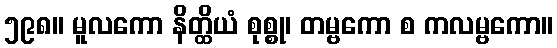
၅၉၈။ မူလကော နိတ္ထိယံ စုစ္စု၊ တမ္ဗကော စ ကလမ္ဗကော။